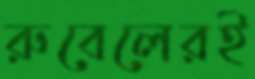
রুবেলেরই